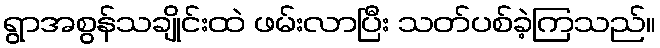
ရွာအစွန်သချိုင်းထဲ ဖမ်းလာပြီး သတ်ပစ်ခဲ့ကြသည်။